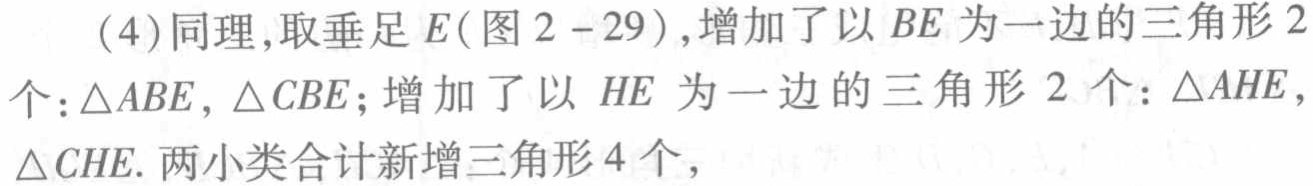
(4)同理,取垂足\(E\)(图2 - 29),增加了以\(BE\)为一边的三角形\(2\)个:\(\triangle ABE,\triangle CBE\);增加了以 \(HE\) 为一边的三角形 \(2\) 个:\(\triangle AHE,\triangle CHE\).两小类合计新增三角形\(4\)个,